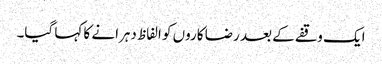
ایک وقفے کے بعد رضا کاروں کو الفاظ دہرانے کا کہا گیا۔